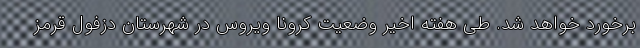
برخورد خواهد شد. طی هفته اخیر وضعیت کرونا ویروس در شهرستان دزفول قرمز